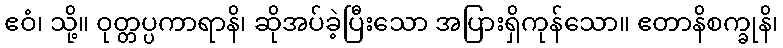
ဧဝံ၊ သို့။ ဝုတ္တပ္ပကာရာနိ၊ ဆိုအပ်ခဲ့ပြီးသော အပြားရှိကုန်သော။ ဧတာနိစက္ခုနိ၊